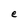
Character: e